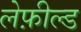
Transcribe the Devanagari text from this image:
लेफ़ील्ड